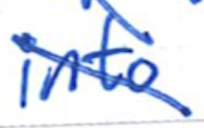
Text: into
Cross-out: diagonal
Writing tool: ballpoint